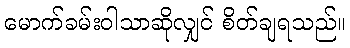
မောက်ခမ်းဝါသာဆိုလျှင် စိတ်ချရသည်။